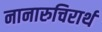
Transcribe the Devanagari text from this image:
नानारुचिरार्थ